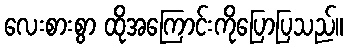
လေးစားစွာ ထိုအကြောင်းကိုပြောပြသည်။